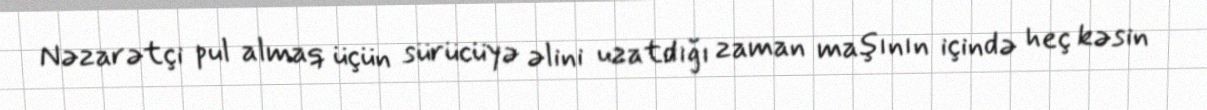
Nəzarətçi pul almaq üçün sürücüyə əlini uzatdığı zaman maşının içində heç kəsin